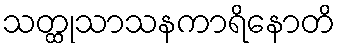
သတ္ထုသာသနကာရိနောတိ